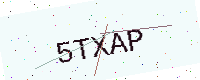
Text: 5TXAP